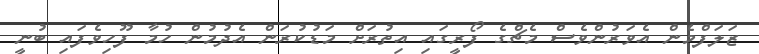
ޒަލަފްމެން އެވަރުންވެސް މެޗްގެ ފޯރީގައި އިތުރަށް މަޑުކުރަން އެދުމުން ހުމާ ފޫހިވެފައި ބުނީ